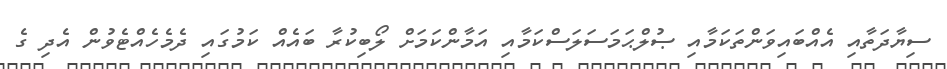
ސިޔާދަތާއި އެއްބައިވަންތަކަމާއި ޞުލްޙަމަސަލަސްކަމާއި އަމާންކަމަށް ލޯބިކުރާ ބައެއް ކަމުގައި ދެމެހެއްޓެވުން އެދި ގެ